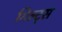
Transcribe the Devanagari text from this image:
गिल्ट्स